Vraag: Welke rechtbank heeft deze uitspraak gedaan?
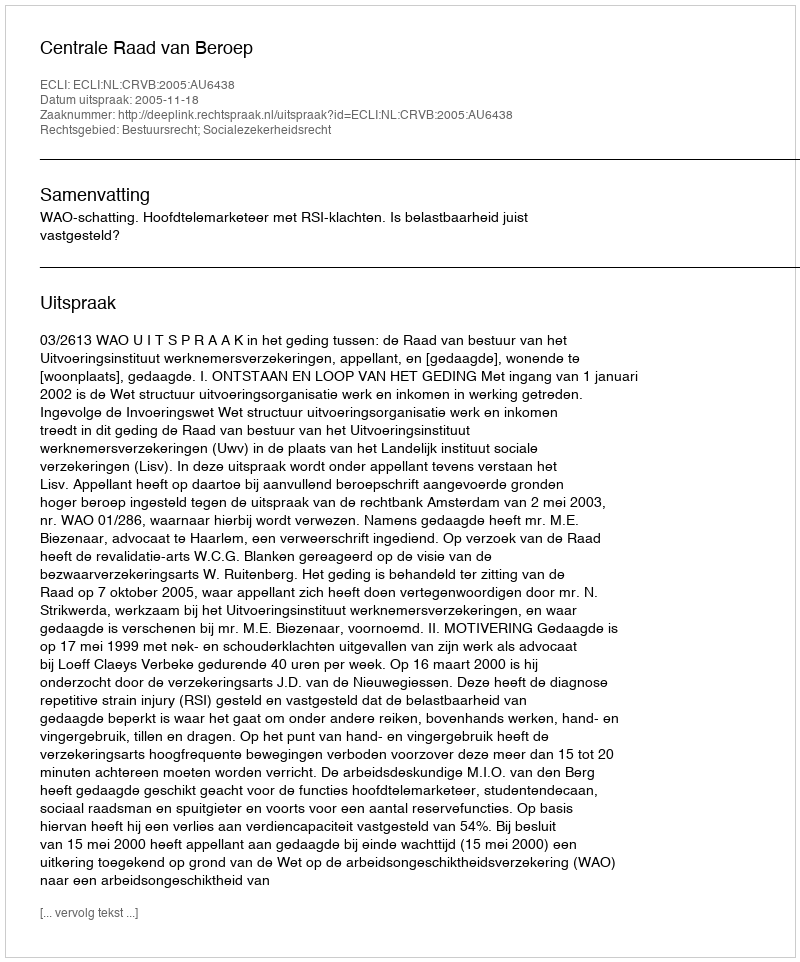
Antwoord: Centrale Raad van Beroep